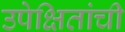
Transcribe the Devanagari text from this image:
उपेक्षितांची